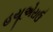
હયૂએરાઉ